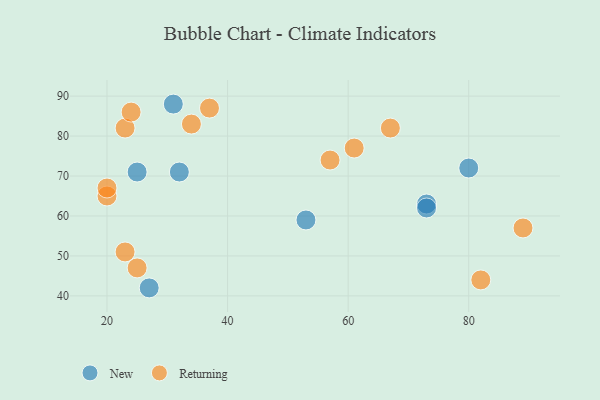
{"axis": {"x": "GDP", "y": "Life Expectancy"}, "legend": ["New", "Returning"], "data": [{"x": "25", "y": 71, "type": "New"}, {"x": "73", "y": 63, "type": "New"}, {"x": "32", "y": 71, "type": "New"}, {"x": "31", "y": 88, "type": "New"}, {"x": "27", "y": 42, "type": "New"}, {"x": "53", "y": 59, "type": "New"}, {"x": "80", "y": 72, "type": "New"}, {"x": "73", "y": 62, "type": "New"}, {"x": "23", "y": 82, "type": "Returning"}, {"x": "34", "y": 83, "type": "Returning"}, {"x": "37", "y": 87, "type": "Returning"}, {"x": "57", "y": 74, "type": "Returning"}, {"x": "89", "y": 57, "type": "Returning"}, {"x": "20", "y": 65, "type": "Returning"}, {"x": "24", "y": 86, "type": "Returning"}, {"x": "61", "y": 77, "type": "Returning"}, {"x": "20", "y": 67, "type": "Returning"}, {"x": "67", "y": 82, "type": "Returning"}, {"x": "82", "y": 44, "type": "Returning"}, {"x": "23", "y": 51, "type": "Returning"}, {"x": "25", "y": 47, "type": "Returning"}]}